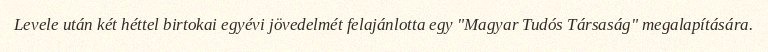
Levele után két héttel birtokai egyévi jövedelmét felajánlotta egy "Magyar Tudós Társaság" megalapítására.